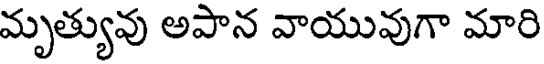
మృత్యువు అపాన వాయువుగా మారి